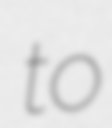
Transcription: to